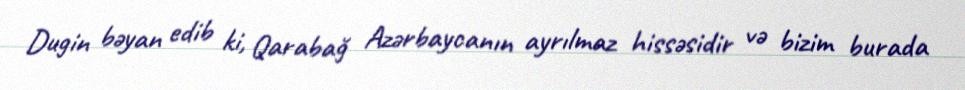
Dugin bəyan edib ki, Qarabağ Azərbaycanın ayrılmaz hissəsidir və bizim burada